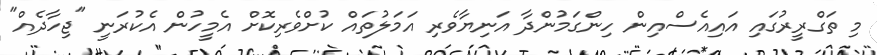
މި ތަގްރީރުގައި އައިއެސްއިން ހިންގަމުންދާ އަނިޔާވެރި އަމަލުތައް ކުށްވެރިކޮށް އެމީހުން އެކުރަނީ "ޖިހާދެއް"